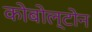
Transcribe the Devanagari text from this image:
कोबोल्टोन